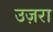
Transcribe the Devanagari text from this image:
उज़रा